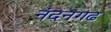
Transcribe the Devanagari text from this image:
नंदनगढ